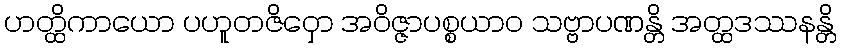
ဟတ္ထိကာယော ပဟူတဇိဝှော အဝိဇ္ဇာပစ္စယာဝ သဗ္ဗာပဏန္တိ အတ္ထဒဿနန္တိ